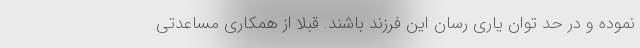
نموده و در حد توان یاری رسان این فرزند باشند. قبلا از همکاری مساعدتی